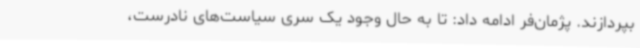
بپردازند. پژمان‌فر ادامه داد: تا به حال وجود یک سری سیاست‌های نادرست،